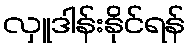
လှူဒါန်းနိုင်ရန်